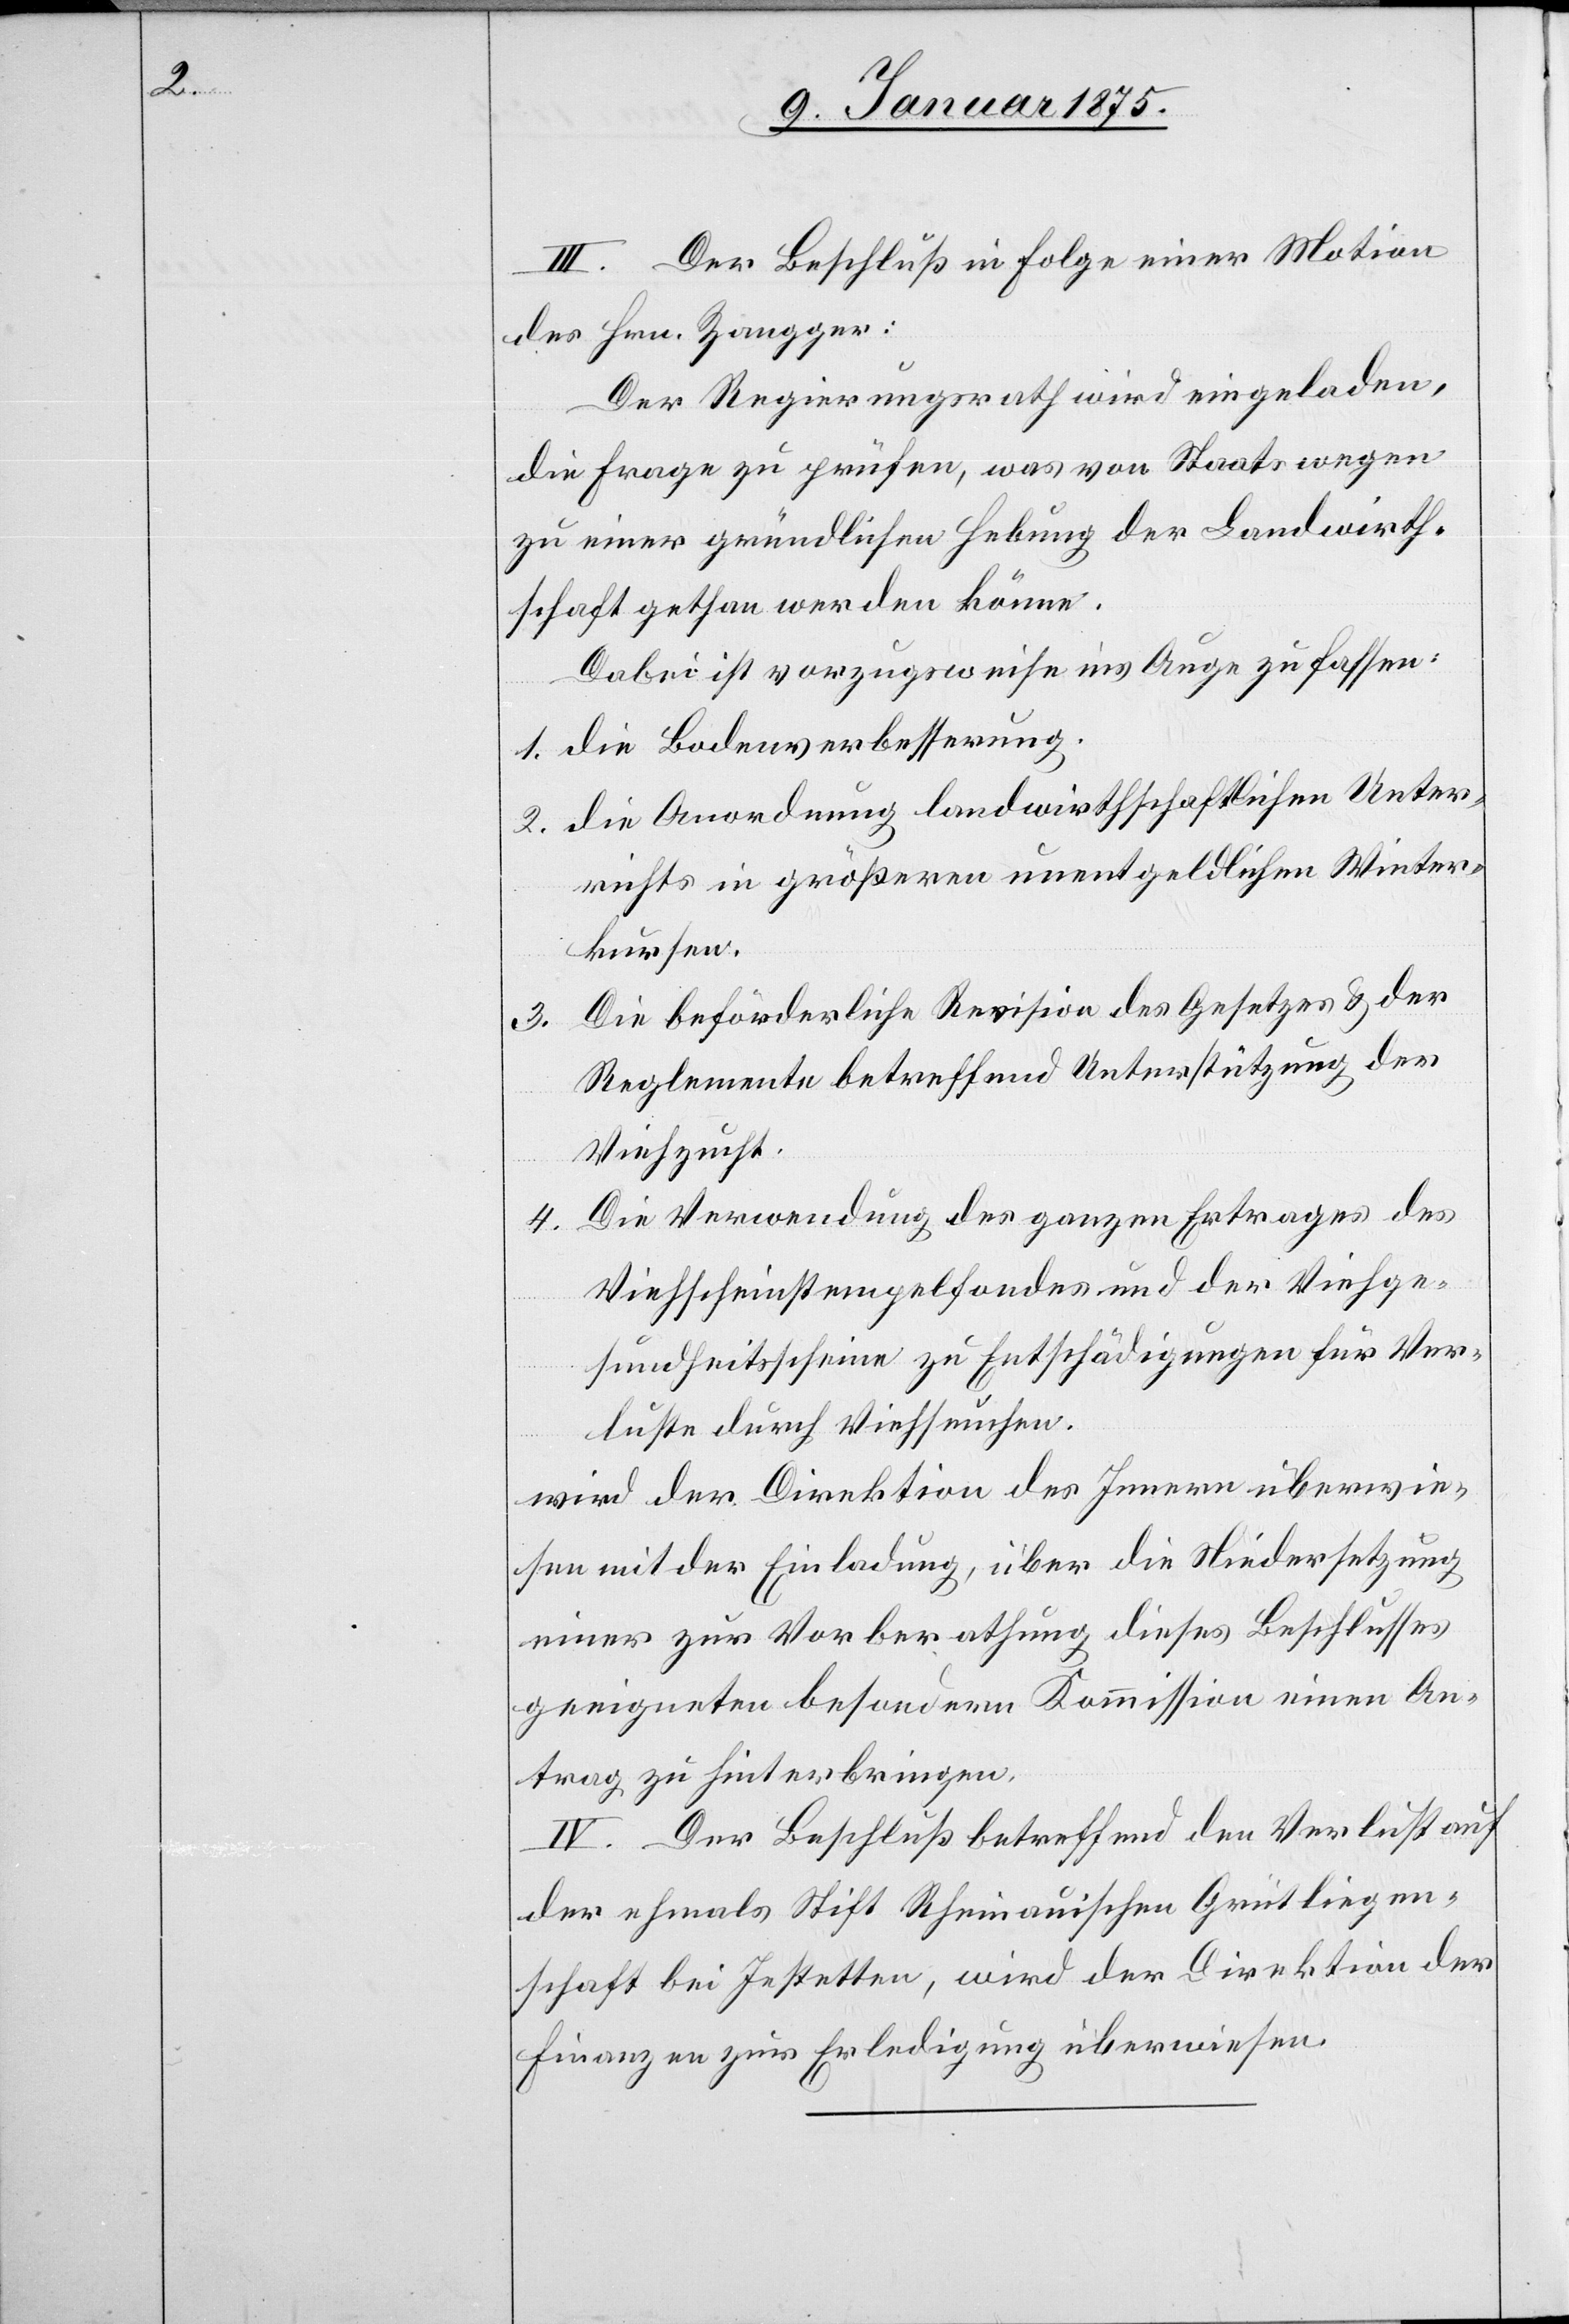
III. Der Beschluß in Folge einer Motion
des Hrn. Zangger:
Der Regierungsrath wird eingeladen,
die Frage zu prüfen, was von Staatswegen
zu einer gründlichen Hebung der Landwirth¬
schaft gethan werden könne.
Dabei ist vorzugsweise ins Auge zu fassen:
1. die Bodenverbesserung.
2. die Anordnung landwirthschaftlichen Unter¬
richts in größeren unentgeldlichen Winter¬
kursen.
Die beförderliche Revision des Gesetzes & der
3.
Reglemente betreffend Unterstützung der
Viehzucht.
Die Verordnung des ganzen Ertrages des
4.
Viehscheinstempelfondes und der Viehge¬
sundheitsscheine zu Entschädigungen für Ver¬
luste durch Viehseuchen.
wird der Direktion des Innern überwie¬
sen mit der Einladung, über die Niedersetzung
einer zur Vorberathung dieses Beschlusses
geeigneten besondern Kommission einen An¬
trag zu hinterbringen.
IV. Der Beschluß betreffend den Verlust auf
der ehemals Stift Scheinauischen Grütliegen¬
schaft bei Jestetten, wird der Direktion der
Finanzen zur Erledigung überwiesen.